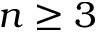
n \geq 3